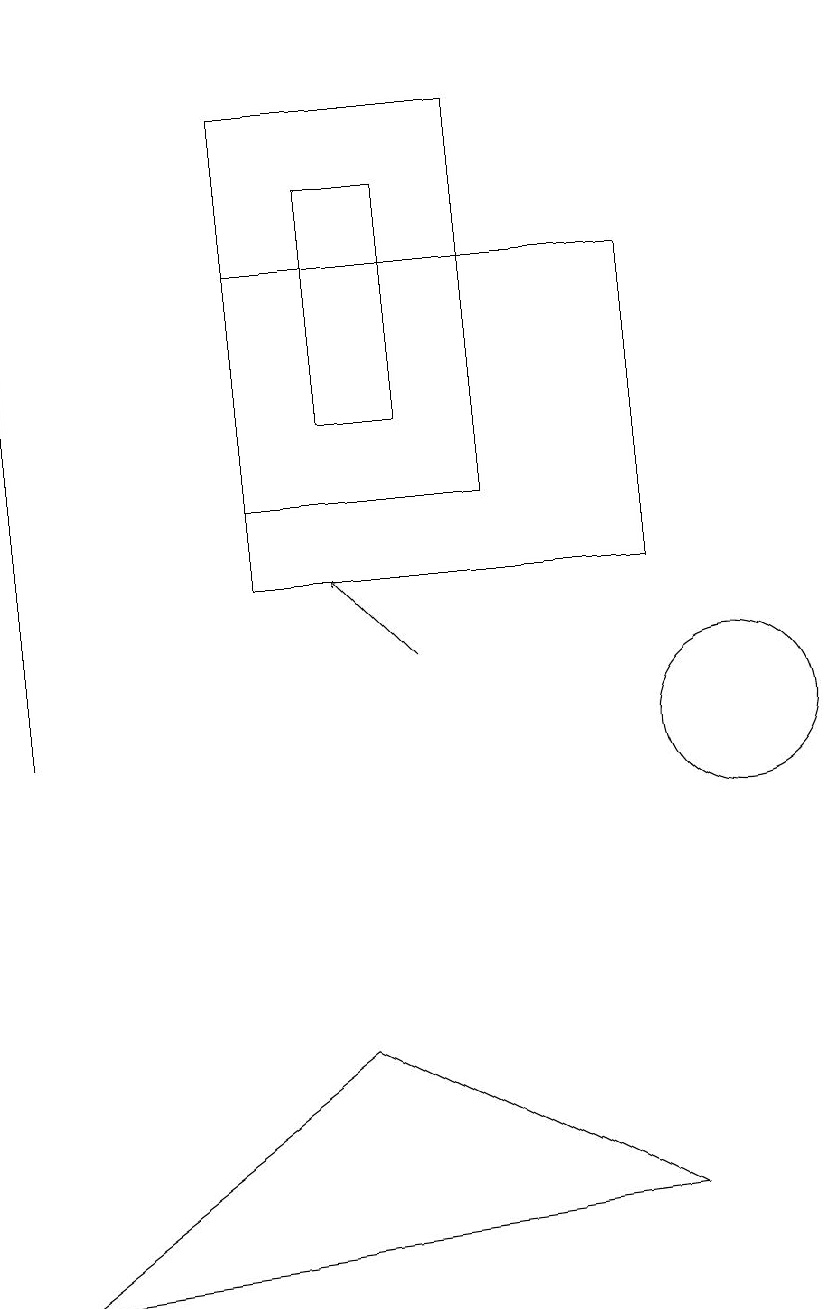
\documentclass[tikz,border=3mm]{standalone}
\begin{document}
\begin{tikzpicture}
\draw[->] (1,10) -- (1,19);
\draw (10,10) circle (1);
\draw (1,3) -- (5,6) -- (9,4) -- cycle;
\draw (6,17) rectangle (5,14);
\draw (7,13) rectangle (4,18);
\draw[->] (6,11) -- (5,12);
\draw (4,12) rectangle (9,16);
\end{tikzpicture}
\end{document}